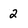
Character: 2